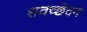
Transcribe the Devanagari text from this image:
शवच्छेदन